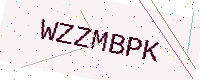
Text: WZZMBPK